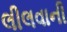
લીલવાની